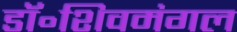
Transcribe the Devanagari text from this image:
डॉ॰शिवमंगल